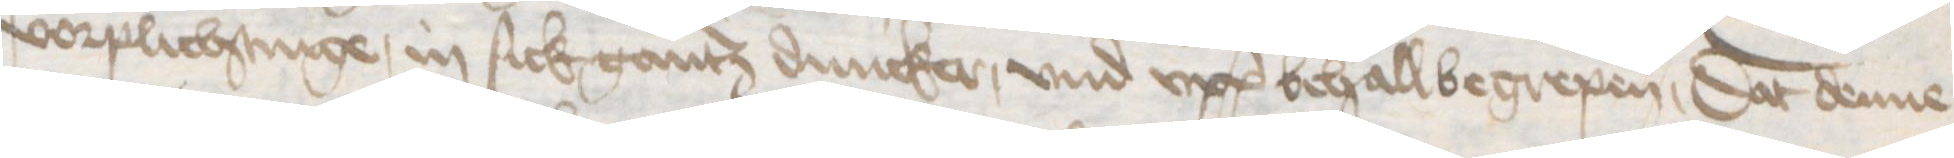
vorplichtinge, in sick gantz duncker, vnd vpp behall begrepen, Dat denne